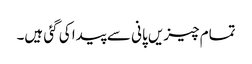
تمام چیزیں پانی سے پیدا کی گئی ہیں۔